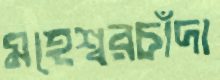
মহেশ্বরচাঁদা